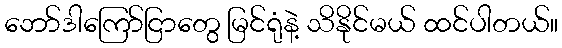
ဘော်ဒါကြော်ငြာတွေ မြင်ရုံနဲ့ သိနိုင်မယ် ထင်ပါတယ်။